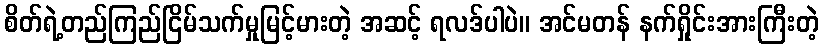
စိတ်ရဲ့တည်ကြည်ငြိမ်သက်မှုမြင့်မားတဲ့ အဆင့် ရလဒ်ပါပဲ။ အင်မတန် နက်ရှိုင်းအားကြီးတဲ့